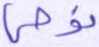
نوحي